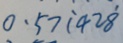
0 . 5 7 \dot { 1 } 4 2 \dot { 8 }